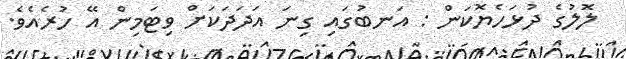
ލޮލުގެ ދުޅަހެޔޮކަން : އަނބުގައި ގިނަ އަދަދަކަށް ވިޓަމިން އޭ ހުރެއެވެ.